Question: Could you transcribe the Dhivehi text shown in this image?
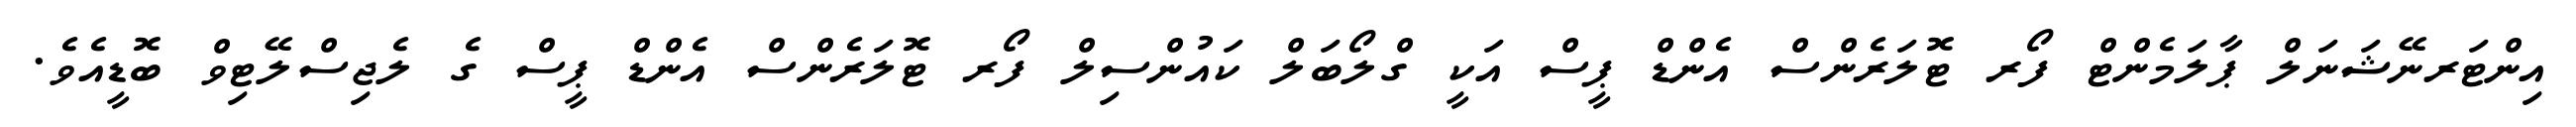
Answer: އިންޓަރނޭޝަނަލް ޕާލަމެންޓް ފޯރ ޓޮލަރެންސް އެންޑް ޕީސް އަކީ ގްލޯބަލް ކައުންސިލް ފޯރ ޓޮލަރެންސް އެންޑް ޕީސް ގެ ލެޖިސްލޭޓިވް ބޮޑީއެވެ.